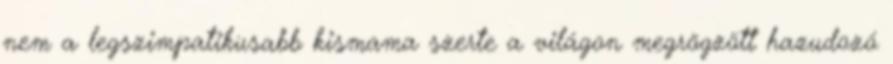
nem a legszimpatikusabb kismama szerte a világon megrögzött hazudozó